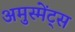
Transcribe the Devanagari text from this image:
अमुस्मेंट्स